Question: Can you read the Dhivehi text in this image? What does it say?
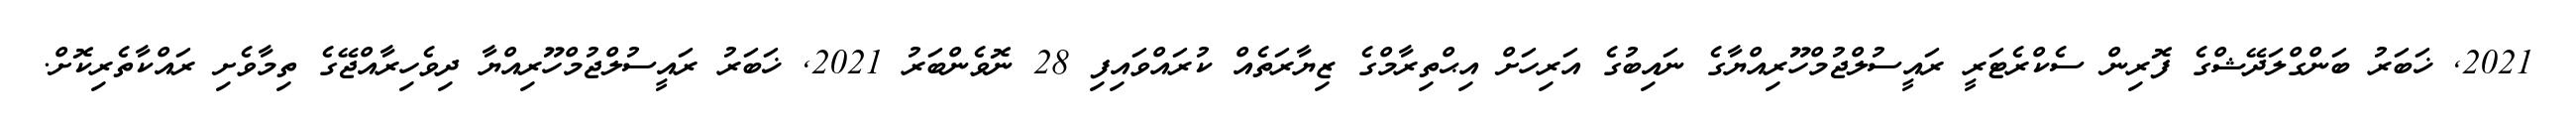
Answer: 2021, ޚަބަރު ބަންގްލަދޭޝްގެ ފޮރިން ސެކްރެޓަރީ ރައީސުލްޖުމްހޫރިއްޔާގެ ނައިބުގެ އަރިހަށް އިޙްތިރާމްގެ ޒިޔާރަތެއް ކުރައްވައިފި 28 ނޮވެންބަރު 2021, ޚަބަރު ރައީސުލްޖުމްހޫރިއްޔާ ދިވެހިރާއްޖޭގެ ތިމާވެށި ރައްކާތެރިކޮށް.